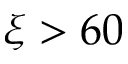
\xi > 6 0